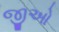
જીઓ